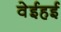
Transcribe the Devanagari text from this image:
वेईहई